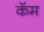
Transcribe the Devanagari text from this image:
कॅम